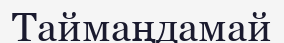
Таймаңдамай